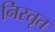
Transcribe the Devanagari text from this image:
निस्तृत